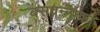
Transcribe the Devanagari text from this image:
बसवन्नाका